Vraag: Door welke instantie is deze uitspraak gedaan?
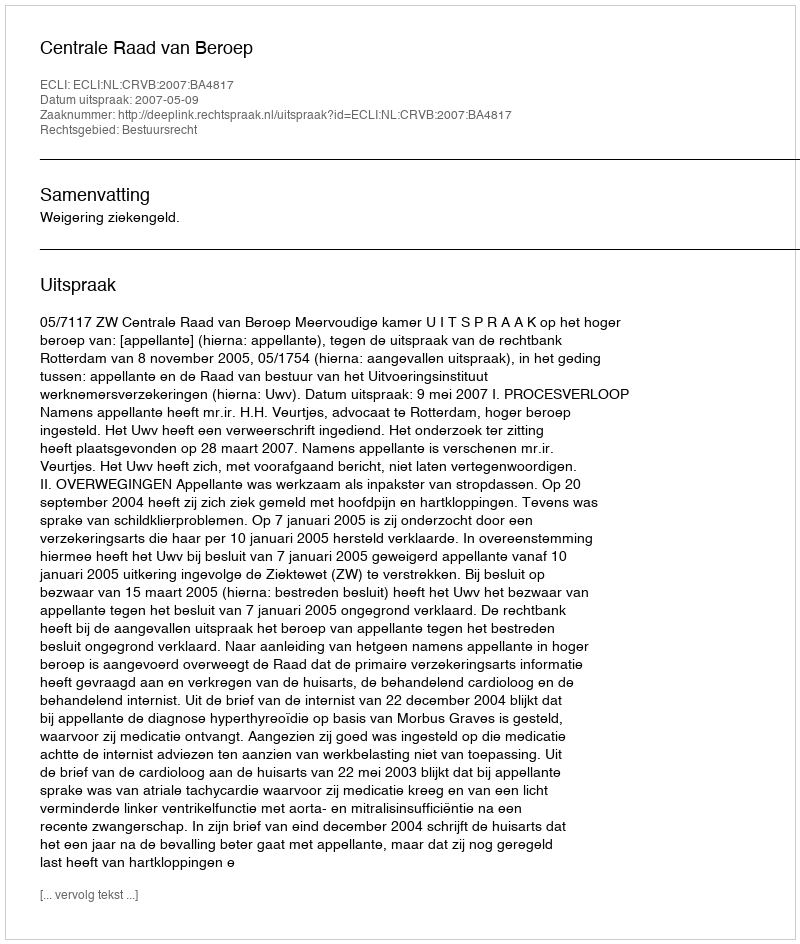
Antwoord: Centrale Raad van Beroep